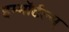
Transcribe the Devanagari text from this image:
इम्मॉर्टल्स्